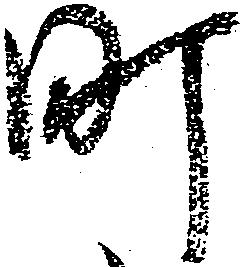
町